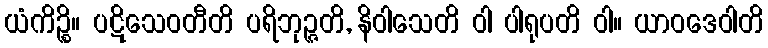
ယံကိဉ္စိ။ ပဋိသေဝတီတိ ပရိဘုဉ္ဇတိ, နိဝါသေတိ ဝါ ပါရုပတိ ဝါ။ ယာဝဒေဝါတိ